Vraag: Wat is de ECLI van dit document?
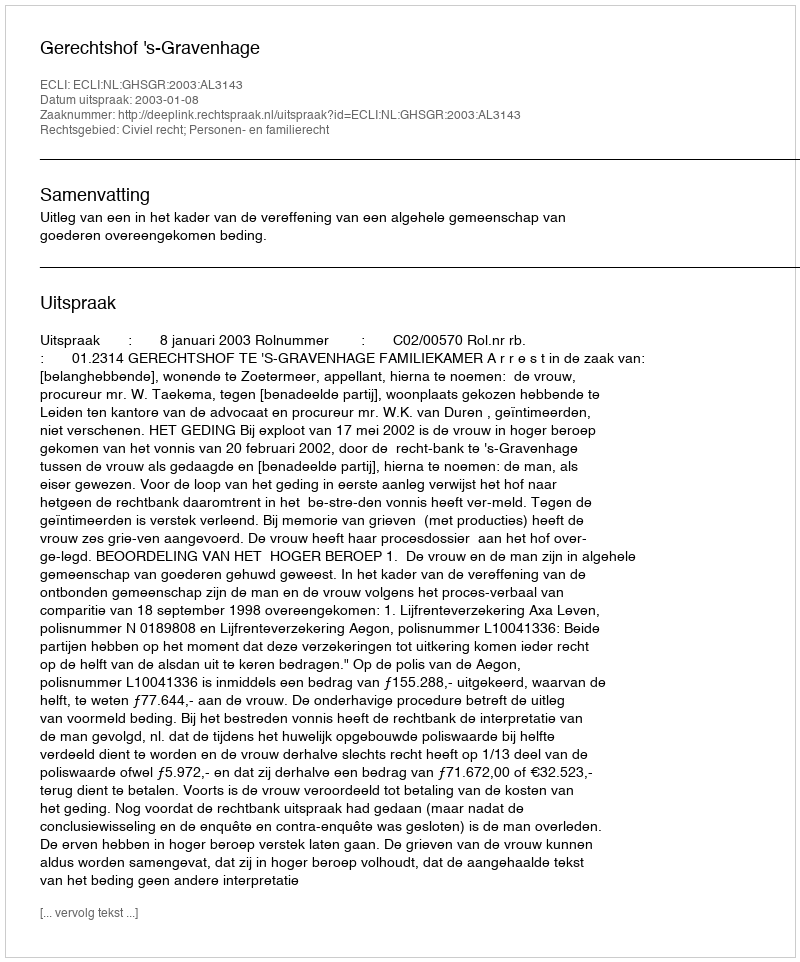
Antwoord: ECLI:NL:GHSGR:2003:AL3143